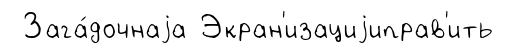
Зага́дочнаjа Экран'изациjиправ'ить